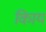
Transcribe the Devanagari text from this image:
किाय